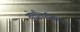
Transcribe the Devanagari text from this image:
खेळीव्यतिरिक्त